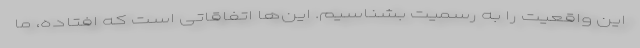
این واقعیت را به رسمیت بشناسیم. این‌ها اتفاقاتی است که افتاده، ما